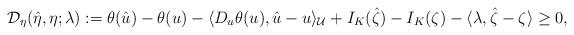
LaTeX: \begin{align*}\mathcal{D}_{\eta}(\hat{\eta},\eta; \lambda): = \theta(\hat{u}) - \theta(u) - \langle D_u\theta(u), \hat{u} - u\rangle_\mathcal{U} + I_K(\hat{\zeta}) - I_K(\zeta) - \langle \lambda, \hat{\zeta} - \zeta\rangle\geq 0,\end{align*}